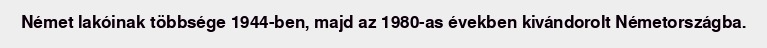
Német lakóinak többsége 1944-ben, majd az 1980-as években kivándorolt Németországba.